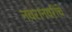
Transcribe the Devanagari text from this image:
नवरानवरीचे